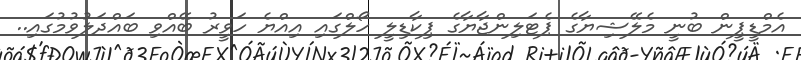
އެމްޑީޕީން ބުނީ މެލޭޝިޔާގެ ޕެޓަލިންޖާޔާގެ ޕިކާޑިލީ ހޯލްގައި އިއްޔެ ހަވީރު ބޭއްވި ބައްދަލުވުމުގައި..